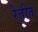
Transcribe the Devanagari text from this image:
रेतीत